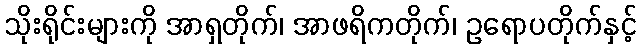
သိုးရိုင်းများကို အာရှတိုက်၊ အာဖရိကတိုက်၊ ဥရောပတိုက်နှင့်